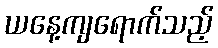
ယနေ့ကျရောက်သည့်